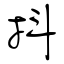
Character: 抖